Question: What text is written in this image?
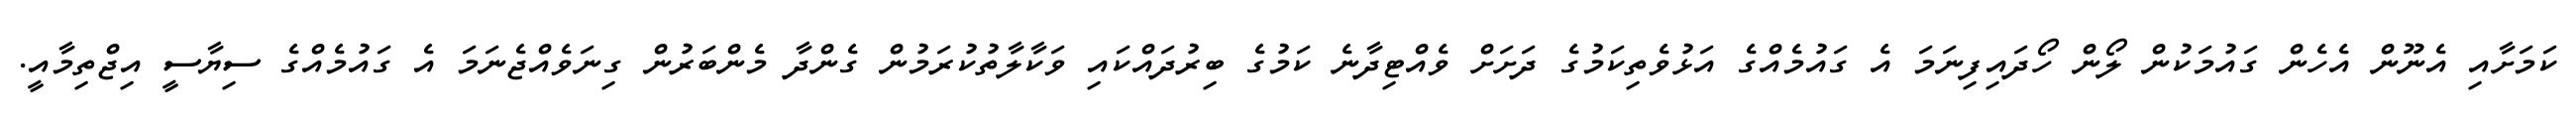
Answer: ކަމަށާއި އެނޫން އެހެން ގައުމަކުން ލޯން ހޯދައިފިނަމަ އެ ގައުމެއްގެ އަޅުވެތިކަމުގެ ދަށަށް ވެއްޓިދާނެ ކަމުގެ ބިރުދައްކައި ވަކާލާތުކުރަމުން ގެންދާ މެންބަރުން ގިނަވެއްޖެނަމަ އެ ގައުމެއްގެ ސިޔާސީ އިޖްތިމާއީ.